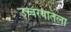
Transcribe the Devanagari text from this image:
उच्चरवातला